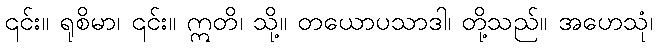
၎င်း။ ရုစိမာ၊ ၎င်း။ ဣတိ၊ သို့။ တယောပသာဒါ၊ တို့သည်။ အဟေသုံ၊